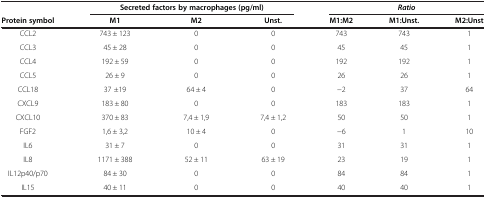
<table><thead><tr><td><b> </b></td><td colspan="3"><b>Secreted factors by macrophages (pg/ml)</b></td><td colspan="3"><b><i>Ratio</i></b></td></tr><tr><td><b>Protein symbol</b></td><td><b>M1</b></td><td><b>M2</b></td><td><b>Unst.</b></td><td><b>M1:M2</b></td><td><b>M1:Unst.</b></td><td><b>M2:Unst</b></td></tr></thead><tbody><tr><td>CCL2</td><td>743 ± 123</td><td>0</td><td>0</td><td>743</td><td>743</td><td>1</td></tr><tr><td>CCL3</td><td>45 ± 28</td><td>0</td><td>0</td><td>45</td><td>45</td><td>1</td></tr><tr><td>CCL4</td><td>192 ± 59</td><td>0</td><td>0</td><td>192</td><td>192</td><td>1</td></tr><tr><td>CCL5</td><td>26 ± 9</td><td>0</td><td>0</td><td>26</td><td>26</td><td>1</td></tr><tr><td>CCL18</td><td>37 ±19</td><td>64 ± 4</td><td>0</td><td>−2</td><td>37</td><td>64</td></tr><tr><td>CXCL9</td><td>183 ± 80</td><td>0</td><td>0</td><td>183</td><td>183</td><td>1</td></tr><tr><td>CXCL10</td><td>370 ± 83</td><td>7,4 ± 1,9</td><td>7,4 ± 1,2</td><td>50</td><td>50</td><td>1</td></tr><tr><td>FGF2</td><td>1,6 ± 3,2</td><td>10 ± 4</td><td>0</td><td>−6</td><td>1</td><td>10</td></tr><tr><td>IL6</td><td>31 ± 7</td><td>0</td><td>0</td><td>31</td><td>31</td><td>1</td></tr><tr><td>IL8</td><td>1171 ± 388</td><td>52 ± 11</td><td>63 ± 19</td><td>23</td><td>19</td><td>1</td></tr><tr><td>IL12p40/p70</td><td>84 ± 30</td><td>0</td><td>0</td><td>84</td><td>84</td><td>1</td></tr><tr><td>IL15</td><td>40 ± 11</td><td>0</td><td>0</td><td>40</td><td>40</td><td>1</td></tr></tbody></table>